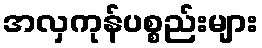
အလှကုန်ပစ္စည်းများ